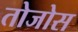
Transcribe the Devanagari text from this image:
तोजोस